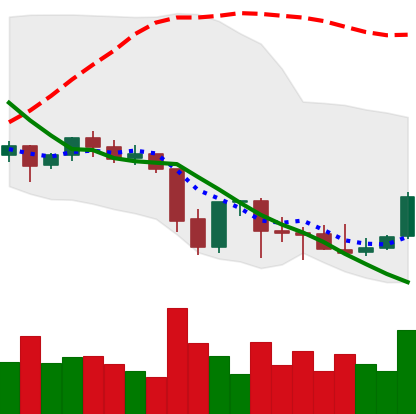
Ticker: ETC-USD
Chart end date: 2021-10-01
Forward return: 5.732%
Label: up_5_7